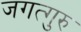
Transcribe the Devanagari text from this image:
जगत्गुरु